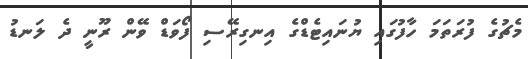
މެޗުގެ ފުރަތަމަ ހާފުގައި ޔުނައިޓެޑްގެ އިނގިރޭސި ފޯވަޑް ވޭން ރޫނީ ދެ ލަނޑު